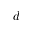
d